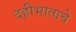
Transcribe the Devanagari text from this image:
दहीभाताचे